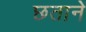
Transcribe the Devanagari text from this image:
छताने